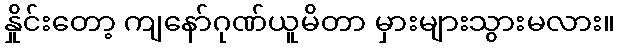
နှိုင်းတော့ ကျနော်ဂုဏ်ယူမိတာ မှားများသွားမလား။